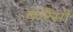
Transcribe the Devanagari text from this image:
करैंसी